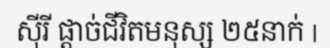
ស៊ីរី ផ្តាច់ជីវិតមនុស្ស ២៥នាក់ |